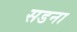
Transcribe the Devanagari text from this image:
सडना